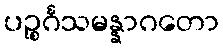
ပဉ္စင်္ဂသမန္နာဂတော